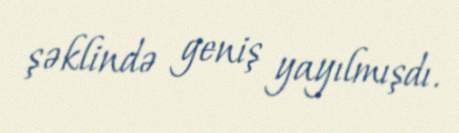
şəklində geniş yayılmışdı.